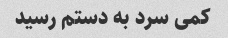
کمی سرد به دستم رسید